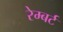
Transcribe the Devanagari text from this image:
रेम्बर्ट